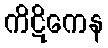
ကိဋိကေန